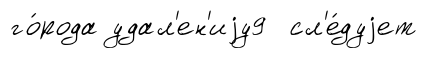
го́рода удал'ен'иjу9 сл'е́дуjет